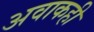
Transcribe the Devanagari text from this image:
अवाकही